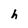
Character: h